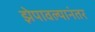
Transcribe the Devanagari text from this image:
झेपावल्यानंतर